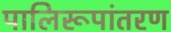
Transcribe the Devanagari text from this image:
पालिरूपांतरण